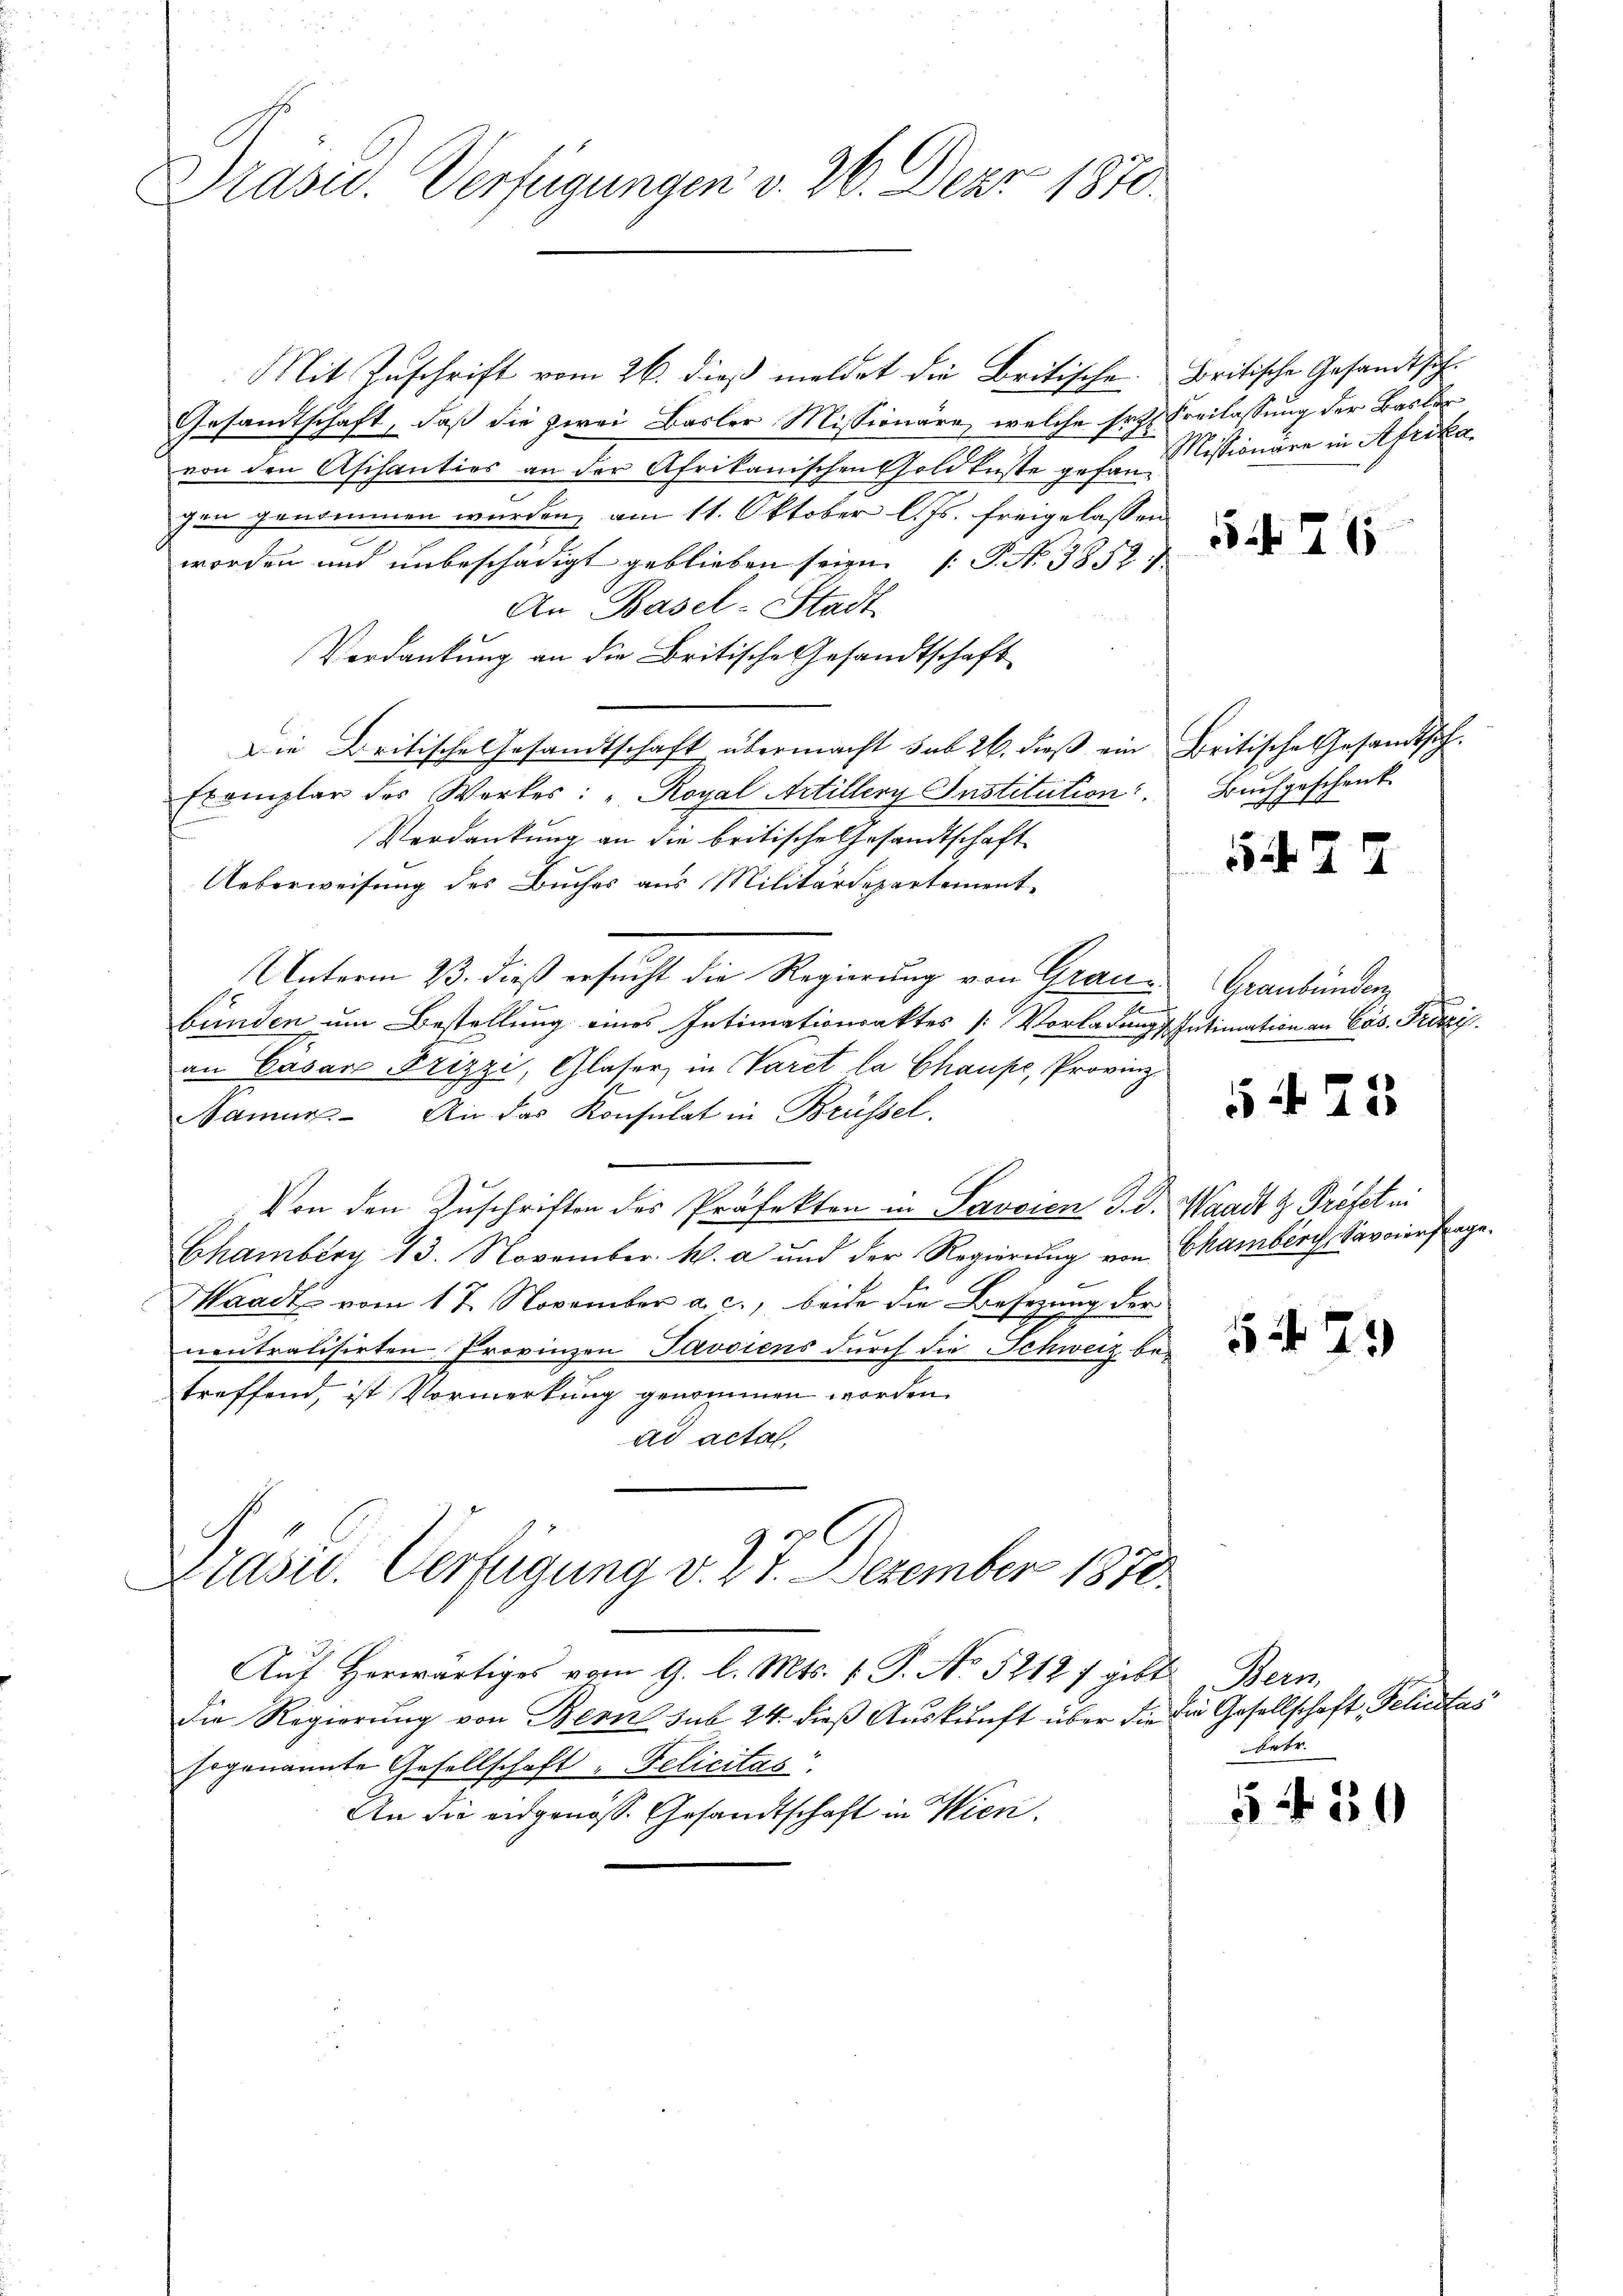
Präsid. Verfügungen v. 26. Der 1870.

Mit Zuschrift vom 26. dieß meldet die Britische. Britische Gesandtsch¬
Gesamtschaft, daß die zwei Basler Missionäre, welche sech Freilassung der Basler
von den Aschantios an der Afrikanischen Gold küste gefangen genommen wurden, am 11. Oktober l. Js. freigelassen
worden und unbeschädigt geblieben seien (S. N. 3852
An Basel-Stadt
Verdankung an die Britische Gesandtschaft
Die Britische Gesandtschaft übermacht sub 26. dieß ein Britische Gesandtsch.
Exemplar des Werkes: "Royal Artillery Institution:
Verdankung an die britische Gesandtschaft
Ueberweisung des Buches aus Militärdepartement¬
Unterm 23. dieß ersucht die Regierung von Graubünden um Bestellung eines Intimationsaktes (: Vorladungs
an Cäsare Frizzi, Glaser in Varet la Chause, Provinz
amus. An das Konsulat in Brüssel.
Von den Zuschriften des Präfekten in Savcien d. d. Waadt & Prefet ni
Chamberg 13. November h. a und der Regierung von Chamberch, Savoir frage.
Waadt vom 17. November a. c., beide die Besetzung der
neutralisirten Provinzen Javsiens durch die Schweiz betreffend, ist Vormerkung genommen worden.
ad actat,

Auf herwärtiges vom 9. l. Mts. v. P. No. 5212 f gibt
Die Regierung von Bern sub 24. dieß Auskunft über die
hogenannte Gesellschaft, Felicitas.
An die eidgenöss. Gesandtschaft in Wien.

Präsid. Verfügung v. 27. Dezember 1870.

Missionäre in Afrika

526

Buchgeschenk

5.427

Graubünden
Intimation an Los. Fritzi.

5 f 23

523

Bern,
Die Gesellschaft, Pelictas
betr.

5 f 30